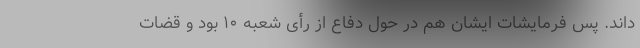
‌داند. پس فرمایشات ایشان هم در حول دفاع از رأی شعبه ۱۰ بود و قضات